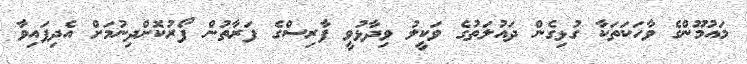
މައުމޫންގެ ވާހަކަތަކާ ގުޅިގެން ދައުލަތުގެ ވަކީލު ވިދާޅުވީ ފާރިސްގެ ފަރާތުން ފޯރުކޮށްދިނުމަށް އެދިފައިވާ